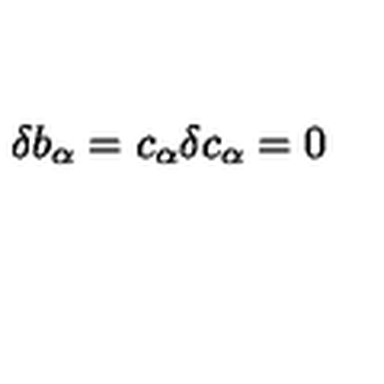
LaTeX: \delta b _ { \alpha } = c _ { \alpha } \delta c _ { \alpha } = 0